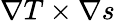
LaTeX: \nabla T\times\nabla s